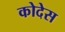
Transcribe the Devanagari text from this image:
कोदेस